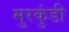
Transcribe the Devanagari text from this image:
मुरकुंडी